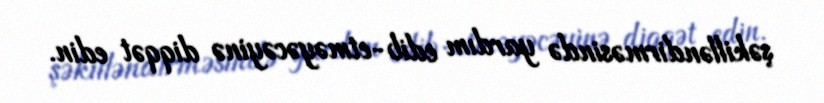
şəkilləndirməsində yardım edib-etməyəcəyinə diqqət edin.